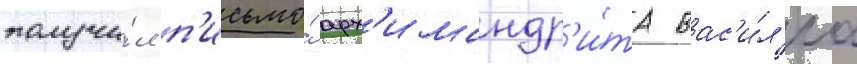
получи́л п'исьмо́ арх'имандр'и́та вас'и́л'иа